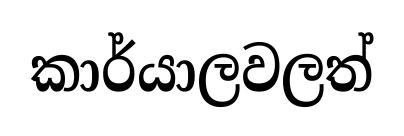
කාර්යාලවලත්